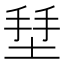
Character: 𱗄